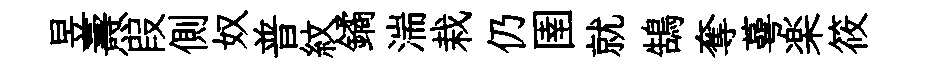
昱燾叚側奴普紋鐍湍栽仍圉就鵠奪蕚楽筱